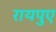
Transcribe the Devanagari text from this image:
रायपुए